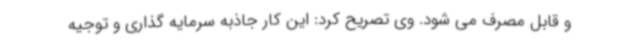
و قابل مصرف می شود. وی تصریح کرد: این کار جاذبه سرمایه گذاری و توجیه